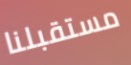
مستقبلنا